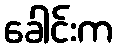
ခေါင်းက